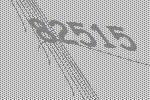
82515